Report on vaccination in Madras 1877-1894 - 1877-1894
Year: 1877
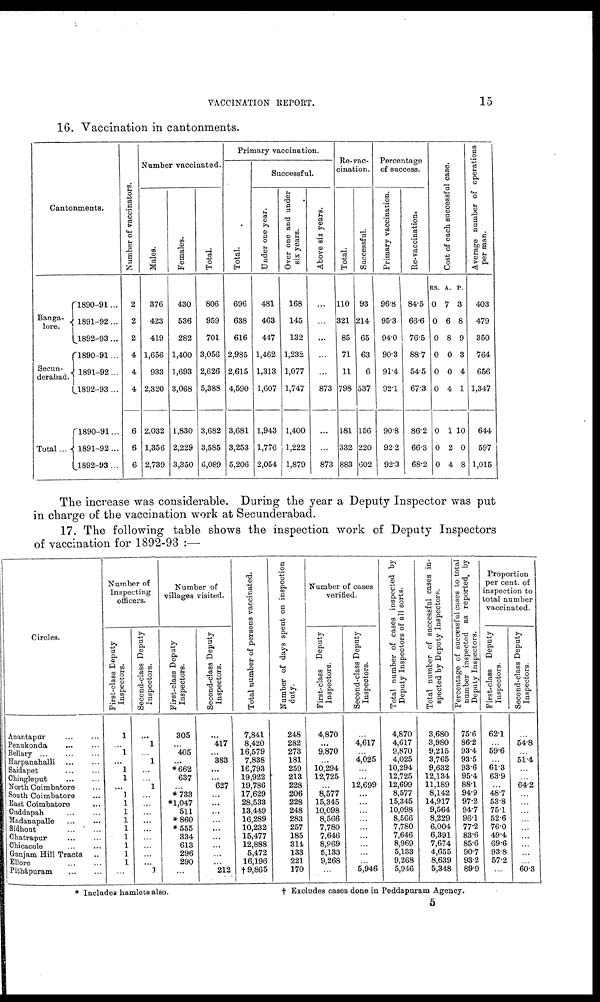
VACCINATION REPORT.
15
16. Vaccination in cantonments.
Cantonments.
Banga-
lore.
Secun-
derabad.
Total...
1890-91...
1891-92...
1892-93...
1890-91...
1891-92...
1892-93...
1890-91...
1891-92...
1892-93...
Number of vaccinators.
2
2
2
4
4
4
6
6
6
Number vaccinated.
Males.
376
423
419
1,656
933
2,320
2,032
1,356
2,739
Females.
430
536
282
1,400
1,693
3,068
1,830
2,229
3,350
Total.
806
959
701
3,056
2,626
5,388
3,682
3,585
6,089
Primary vaccination.
Total.
696
638
616
2,985
2,615
4,590
3,681
3,253
5,206
Successful.
Under one year.
481
463
447
1,462
1,313
1,607
1,943
1,776
2,054
Over one and under
six years.
168
145
132
1,232
1,077
1,747
1,400
1,222
1,879
Above six years.
...
...
...
...
...
873
...
...
873
Re-vac-
cination.
Total.
110
321
85
71
11
798
181
332
883
Successful.
93
214
65
63
6
537
156
220
602
Percentage
of success.
Primary vaccination.
96.8
95.3
94.0
90.3
91.4
92.1
90.8
92.2
92.3
Re-vaccination.
84.5
66.6
76.5
88.7
54.5
67.3
86.2
66.3
68.2
Cost of each successful case.
RS.
0
0
0
0
0
0
0
0
0
A.
7
6
8
0
0
4
1
2
4
P.
3
8
9
3
4
1
10
0
8
Average number of operations
per man.
403
479
350
764
656
1,347
644
597
1,015
The increase was considerable. During the year a Deputy Inspector was put
in charge of the vaccination work at Secunderabad.
17. The following table shows the inspection work of Deputy Inspectors
of vaccination for 1892-93 :—
Circles.
Anantapar
...
...
Penukonda
...
...
Bellary
...
...
...
Harpanahalli
...
...
Saidapet
...
...
Chingleput
...
...
North Coimbatore ...
South Coimbatore ...
Bast Coimbatore ...
Onddapah
...
...
Madanapalle
...
...
Sidhout
...
...
Chatrapur ... ...
Chioacole ... ...
Ganjam Hill Tracts ..
Ellore
...
...
Pithápuram ... ...
Number of
Inspecting
officers.
First-class Deputy
Inspectors.
1
...
1
...
1
1
...
1
1
1
1
1
1
1
1
1
...
Second-class Deputy
Inspectors.
...
1
...
1
...
...
1
...
...
...
...
...
...
...
...
...
1
Number of
villages visited.
First-class Deputy
Inspectors.
305
...
405
...
*662
637
...
*783
*1,047
511
*860
*555
334
613
296
290
...
Second-class Deputy
Inspectors.
. . .
417
...
383
...
...
627
...
...
...
...
...
...
...
...
...
212
Total number of persons vaccinated.
7,841
8,420
16,579
7,838
16,793
19,922
19,786
17,629
28,533
13,449
16,289
10,232
15,477
12,888
5,472
16,196
†9,865
Number of days spent on inspection
duty.
248
282
273
181
259
213
228
206
228
248
283
257
185
314
133
221
170
Number of cases
verified.
First-class Deputy
Inspectors.
4,870
...
9,870
...
10,294
12,725
...
8,577
15,345
10,098
8,566
7,780
7,646
8,969
5,133
9,268
...
Second-class Deputy
Inspectors.
...
4,617
...
4,025
...
...
12,699
...
...
...
...
...
...
...
...
...
5,946
Total number of cases inspected by
Deputy Inspectors of all sorts.
4,870
4,617
9,870
4,025
10,294
12,725
12,699
8,577
15,345
10,098
8,566
7,780
7,646
8,969
5,133
9,268
5,946
Total number of successful cases in-
spected by Deputy Inspectors.
3,680
3,980
9,215
3,765
9,632
12,134
11,189
8,142
14,917
9,564
8,229
6,004
6,391
7,674
4,655
8,639
5,348
Percentage of successful cases to total
number inspected as reported, by
Deputy Inspectors.
75.6
86.2
93.4
93.5
93.6
95.4
88.1
94.9
97.2
94.7
96.1
77.2
83.6
85.6
90.7
93.2
89.9
Proportion
per cent. of
inspection to
total number
vaccinated.
First-class Deputy
Inspectors.
62.1
...
59.6
...
61.3
63.9
...
48.7
53.8
75.1
52.6
76.0
49.4
69.6
93.8
57.2
...
Second-class Deputy
Inspectors.
...
54.8
...
51.4
...
...
64.2
...
...
...
...
...
...
...
...
...
60.3
* Includes hamlets also.
† Excludes cases done in Peddapuram Agency.
5